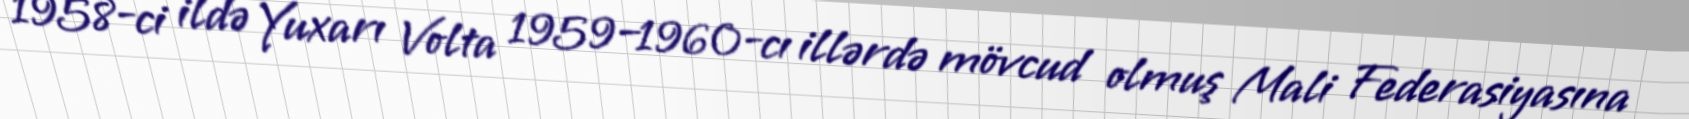
1958-ci ildə Yuxarı Volta 1959–1960-cı illərdə mövcud olmuş Mali Federasiyasına